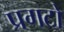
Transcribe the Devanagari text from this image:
प्रगटो